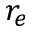
r _ { e }